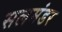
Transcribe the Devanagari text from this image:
सलमंडर